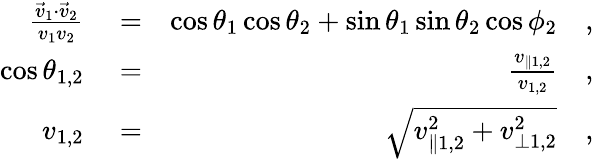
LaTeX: \begin{array}{rlr}{\frac{\vec{v}_{1}\cdot\vec{v}_{2}}{v_{1}v_{2}}}&{{}=}&{\cos\theta_{1}\cos\theta_{2}+\sin\theta_{1}\sin\theta_{2}\cos\phi_{2}\quad,}\\ {\cos\theta_{1,2}}&{{}=}&{\frac{v_{\parallel 1,2}}{v_{1,2}}\quad,}\\ {v_{1,2}}&{{}=}&{\sqrt{v_{\parallel 1,2}^{2}+v_{\perp 1,2}^{2}}\quad,}\end{array}